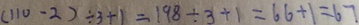
( 1 1 0 - 2 ) \div 3 + 1 = 1 9 8 \div 3 + 1 = 6 6 + 1 = 6 7